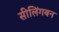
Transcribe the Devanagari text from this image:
सीलिंगबन